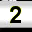
Digit: 2